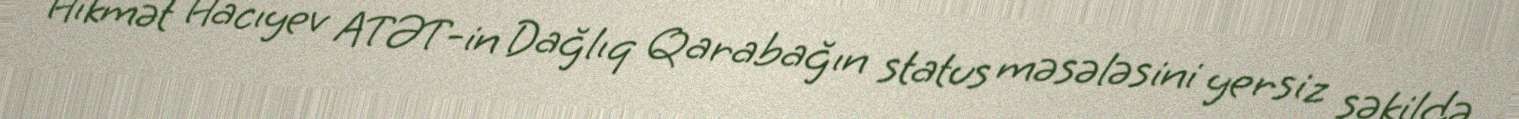
Hikmət Hacıyev ATƏT-in Dağlıq Qarabağın status məsələsini yersiz şəkildə